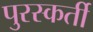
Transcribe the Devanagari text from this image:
पुरस्कर्ती